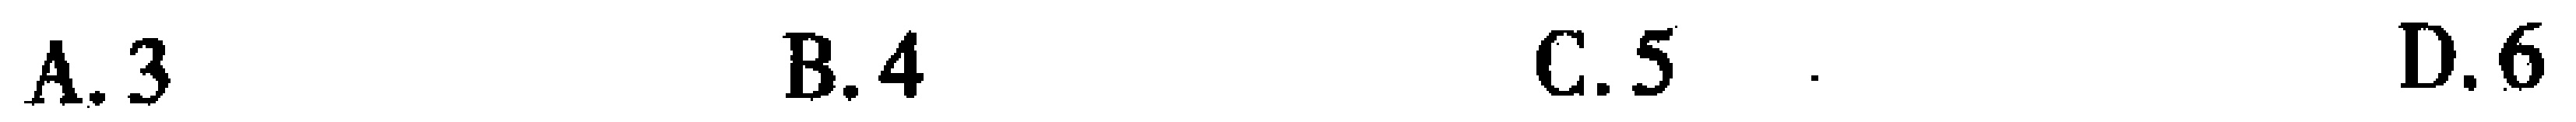
A. 3 \quad B. 4 \quad C. 5 \quad D. 6